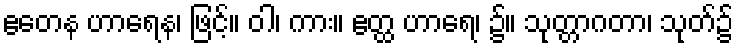
ဧတေန ဟာရေန၊ ဖြင့်။ ဝါ၊ ကား။ ဧတ္ထ ဟာရေ၊ ၌။ သုတ္တာဂတာ၊ သုတ်၌